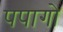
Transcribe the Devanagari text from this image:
पपागो